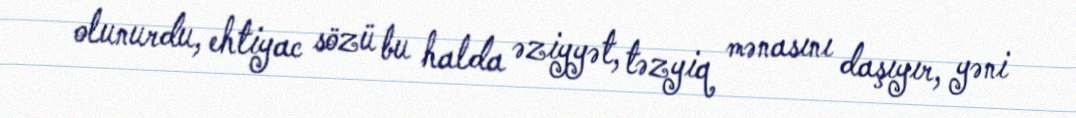
olunurdu, ehtiyac sözü bu halda əziyyət, təzyiq mənasını daşıyır, yəni